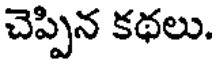
చెప్పిన కథలు.